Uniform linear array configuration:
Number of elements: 16
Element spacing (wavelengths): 0.25
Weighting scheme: hamming
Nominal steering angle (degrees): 15
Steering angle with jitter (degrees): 16.716
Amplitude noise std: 0.05
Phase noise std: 0.05

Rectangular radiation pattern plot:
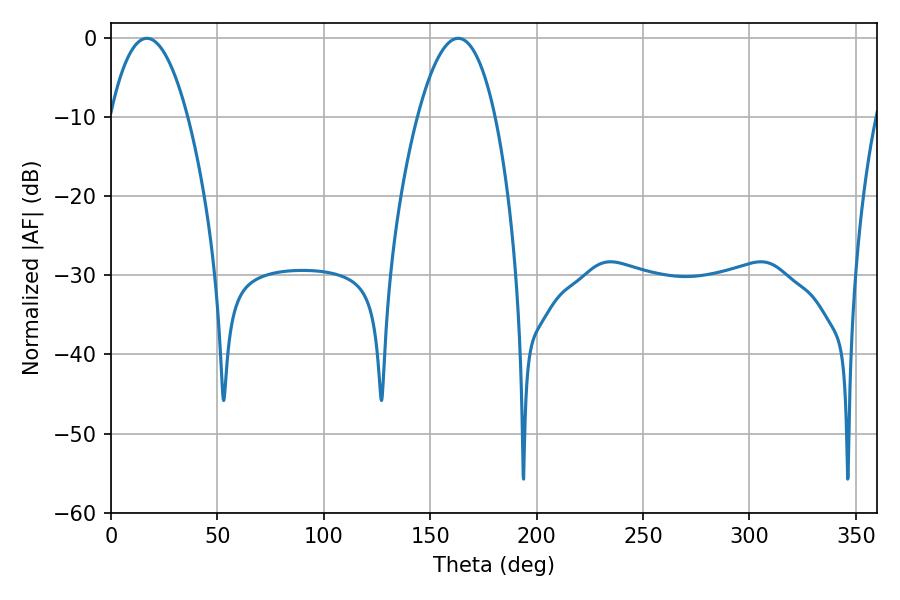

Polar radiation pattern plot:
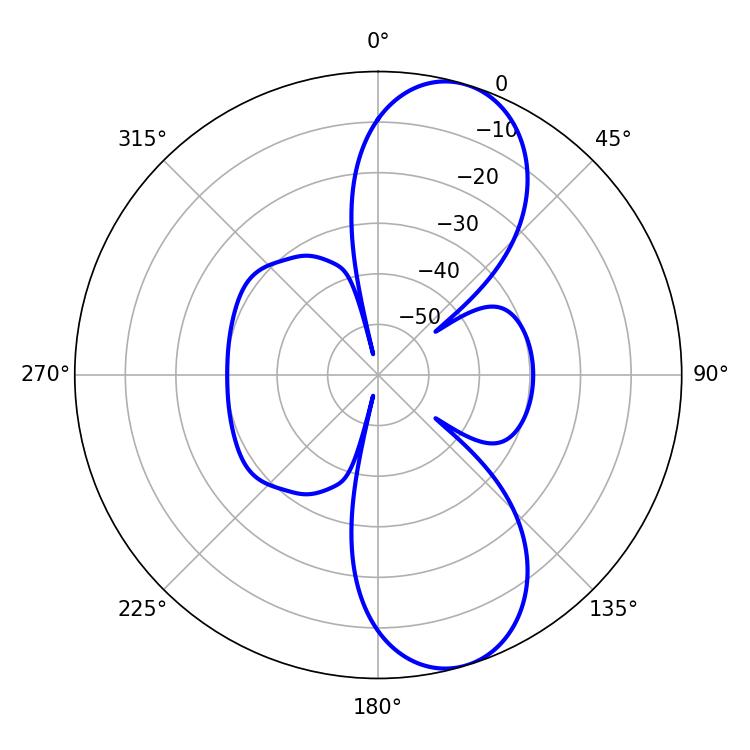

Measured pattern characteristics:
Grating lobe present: FALSE
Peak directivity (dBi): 9.548
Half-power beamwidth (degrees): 20.16
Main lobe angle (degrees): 16.92